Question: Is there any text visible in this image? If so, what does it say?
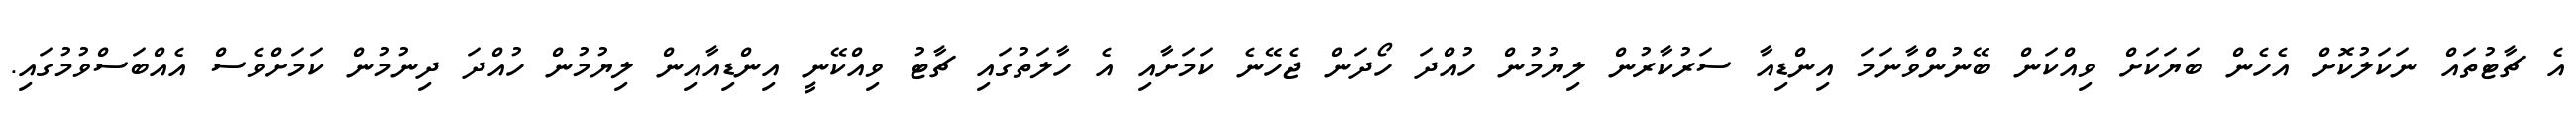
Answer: އެ ޗާޓުތައް ނަކަލުކޮށް އެހެން ބަޔަކަށް ވިއްކަން ބޭނުންވާނަމަ އިންޑިއާ ސަރުކާރުން ލިޔުމުން ހުއްދަ ހޯދަން ޖެހޭނެ ކަމަށާއި އެ ހާލަތުގައި ޗާޓު ވިއްކޭނީ އިންޑިއާއިން ލިޔުމުން ހުއްދަ ދިނުމުން ކަމަށްވެސް އެއްބަސްވުމުގައި.